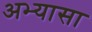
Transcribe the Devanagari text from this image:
अभ्यासा